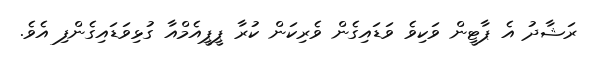
ރަޝާދު އެ ޕާޓީން ވަކިވެ ވަޑައިގެން ވެރިކަން ކުރާ ޕީޕީއެމްއާ ގުޅިވަޑައިގެންފި އެވެ.